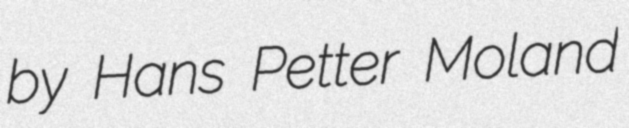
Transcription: by Hans Petter Moland